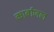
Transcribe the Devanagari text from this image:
कार्बाजल